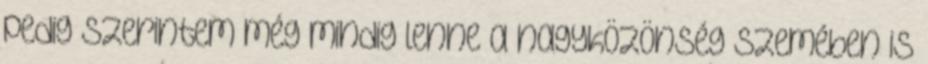
pedig szerintem még mindig lenne a nagyközönség szemében is